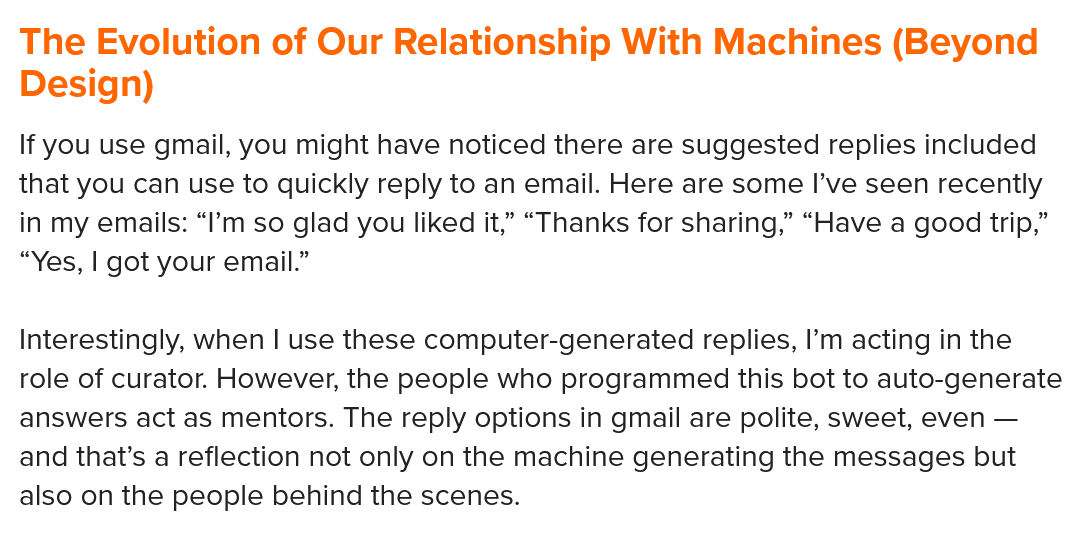
The  Evolution   of Our  Relationship   With  Machines    (Beyond
  Design)
  If you use gmail, you might have noticed there are suggested replies included
  that you can use to quickly reply to an email. Here are some I’ve seen recently
  in my emails: “I’m so glad you liked it,” “Thanks for sharing,” “Have a good trip,”
  “Yes, | got your email.”
  Interestingly, when | use these computer-generated replies, I’m acting in the
  role of curator. However, the people who programmed this bot to auto-generate
  answers act as mentors. The reply options in gmail are polite, sweet, even —
  and that’s a reflection not only on the machine generating the messages but
  also on the people behind the scenes.